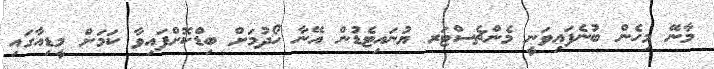
މާނޭ މިހެން ބުނެފައިވަނީ މެންޗެސްޓަރ ޔުނައިޓެޑުން އޭނާ ހޯދުމަށް ބިޑްކޮށްފައިވާ ކަމަށް މީޑިއާގައި